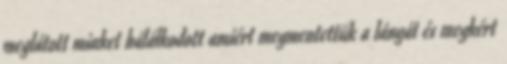
meglátott minket hálálkodott amiért megmentettük a lányát és megkért